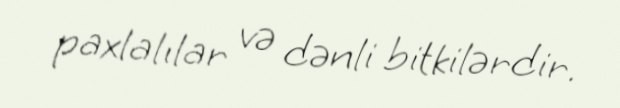
paxlalılar və dənli bitkilərdir.